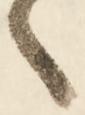
々